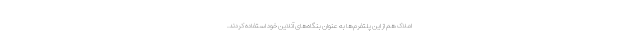
املاک هم از این پلتفرم‌ها به عنوان بنگاه‌های آنلاین خود استفاده کردند.